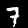
Label: 7